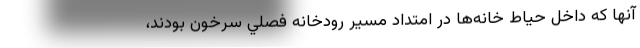
آنها كه داخل حياط خانه‌ها در امتداد مسير رودخانه فصلي سرخون بودند،